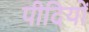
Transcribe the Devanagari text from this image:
पीदियों